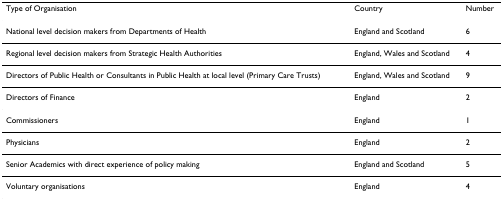
<table><thead><tr><td><b>Type of Organisation</b></td><td><b>Country</b></td><td><b>Number</b></td></tr></thead><tbody><tr><td>National level decision makers from Departments of Health</td><td>England and Scotland</td><td>6</td></tr><tr><td>Regional level decision makers from Strategic Health Authorities</td><td>England, Wales and Scotland</td><td>4</td></tr><tr><td>Directors of Public Health or Consultants in Public Health at local level (Primary Care Trusts)</td><td>England, Wales and Scotland</td><td>9</td></tr><tr><td>Directors of Finance</td><td>England</td><td>2</td></tr><tr><td>Commissioners</td><td>England</td><td>1</td></tr><tr><td>Physicians</td><td>England</td><td>2</td></tr><tr><td>Senior Academics with direct experience of policy making</td><td>England and Scotland</td><td>5</td></tr><tr><td>Voluntary organisations</td><td>England</td><td>4</td></tr></tbody></table>